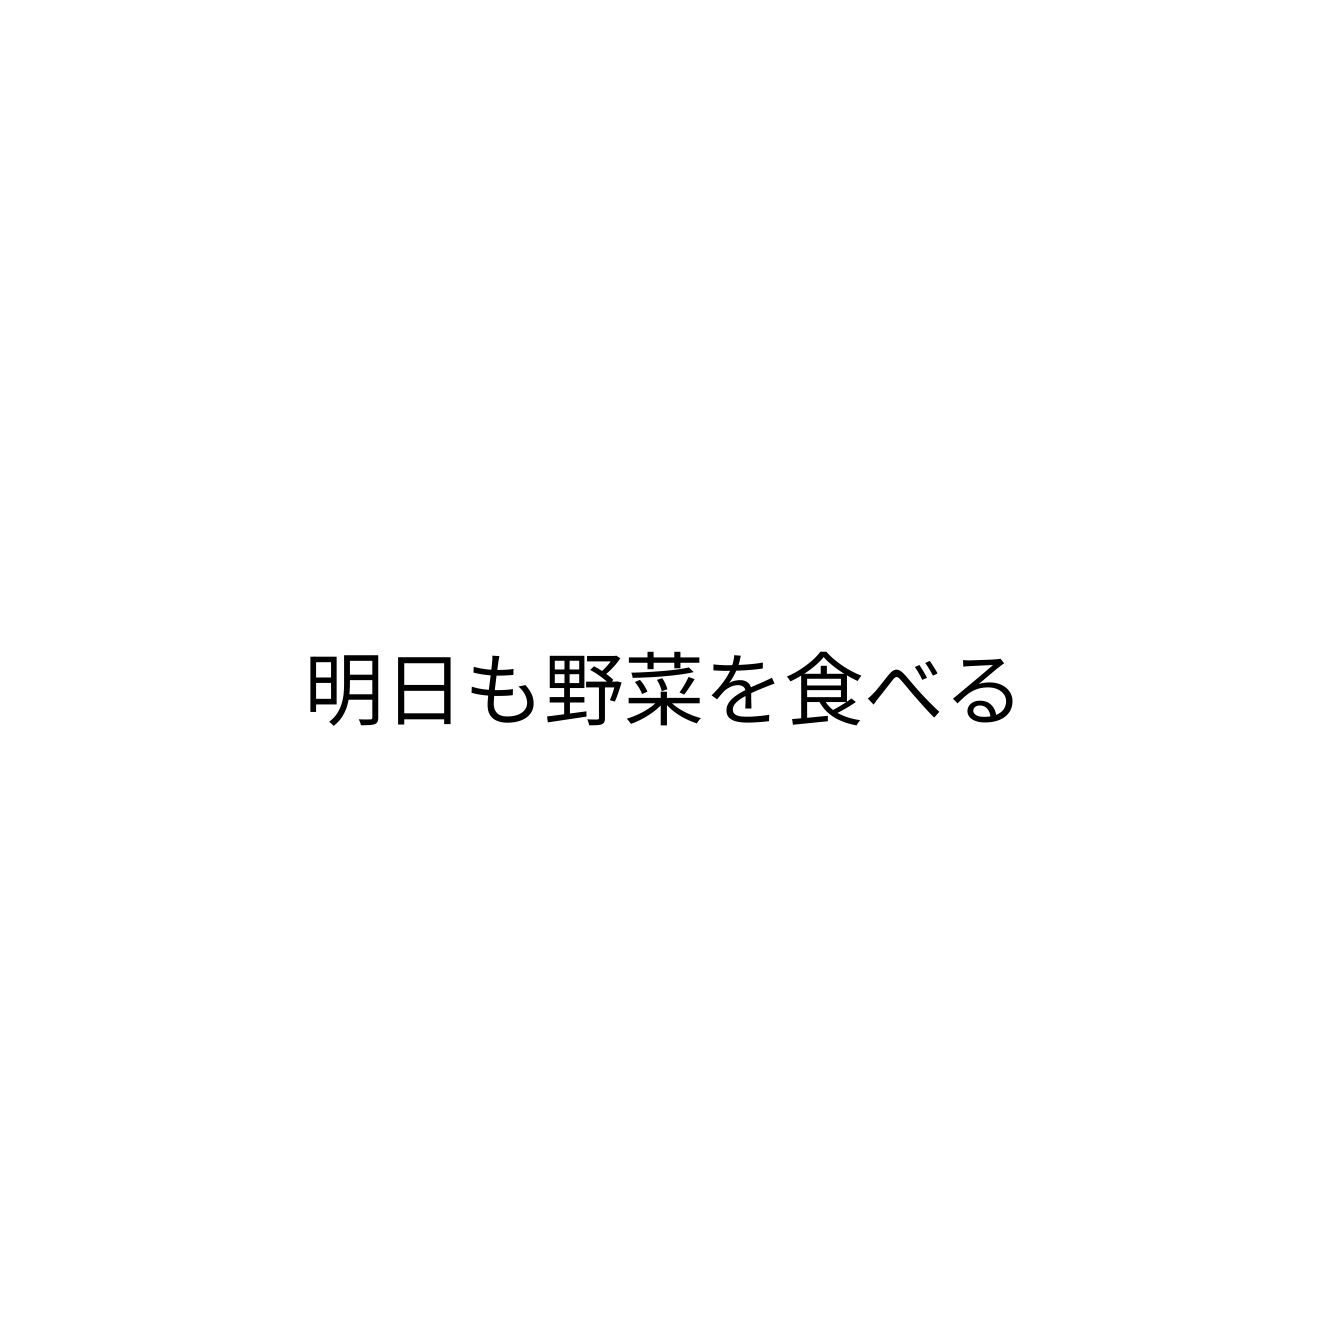
明日も野菜を食べる